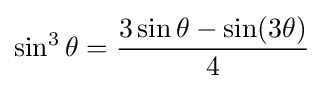
\sin ^{3}\theta ={\frac {3\sin \theta -\sin(3\theta )}{4}}